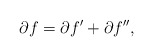
\begin{align*}\partial f=\partial f'+\partial f'',\end{align*}